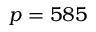
p = 5 8 5